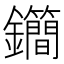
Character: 𨰝